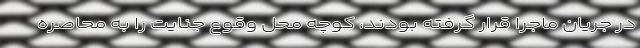
در جریان ماجرا قرار گرفته بودند، کوچه محل وقوع جنایت را به محاصره